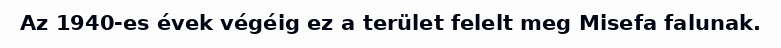
Az 1940-es évek végéig ez a terület felelt meg Misefa falunak.